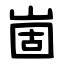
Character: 崮